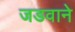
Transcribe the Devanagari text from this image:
जडवाने